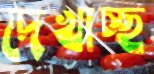
দেখাচ্ছ